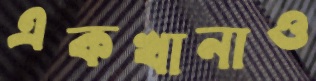
একখানাও